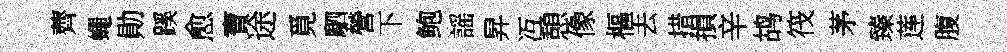
薺蠅勛蹊愈寶途覓駟營下鲍謡昇冱憩像樞去措損辛鸪筏茅臻莲腹